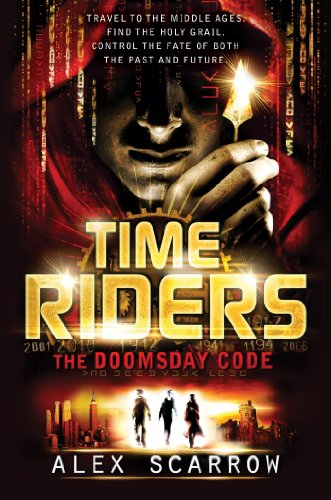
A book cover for TimeRiders: The Doomsday Code; Alex Scarrow; Teen & Young Adult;